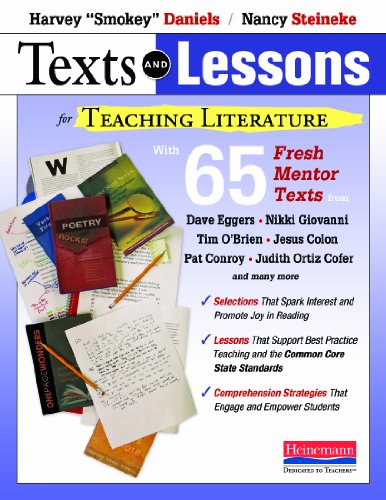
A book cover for Texts and Lessons for Teaching Literature: with 65 fresh mentor texts from Dave Eggers, Nikki Giovanni, Pat Conroy, Jesus Colon, Tim O'Brien, Judith Ortiz Cofer, and many more; Harvey "Smokey" Daniels; Literature & Fiction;